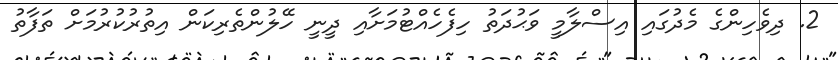
2. ދިވެހިންގެ މެދުގައި އިސްލާމީ ވަޙުދަތު ހިފެހެއްޓުމަށާއި ދީނީ ހޭލުންތެރިކަން އިތުރުކުރުމަށް ތަފާތު